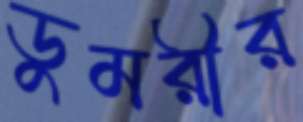
ডুমরীর